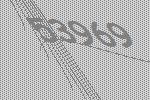
53969